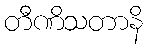
တီဏိသတာနိ